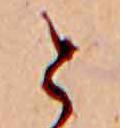
と